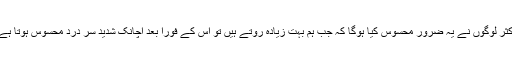
اکثر لوگوں نے یہ ضرور محسوس کیا ہوگا کہ جب ہم بہت زیادہ روتے ہیں تو اس کے فوراً بعد اچانک شدید سر درد محسوس ہوتا ہے۔